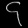
Digit: ၄